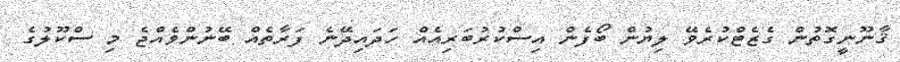
ޤާނޫނީގޮތުން ގެޒެޓްކުރެވޭ ލިޔުން ބޯފެން އިސްކުރުބަރިއެއް ހަދައިދޭނެ ފަރާތެއް ބޭނުންވެއްޖެ މި ސްކޫލުގެ